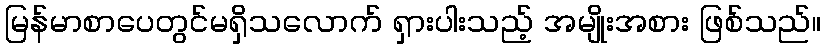
မြန်မာစာပေတွင်မရှိသလောက် ရှားပါးသည့် အမျိုးအစား ဖြစ်သည်။